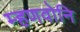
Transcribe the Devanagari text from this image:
म्हणवोनि